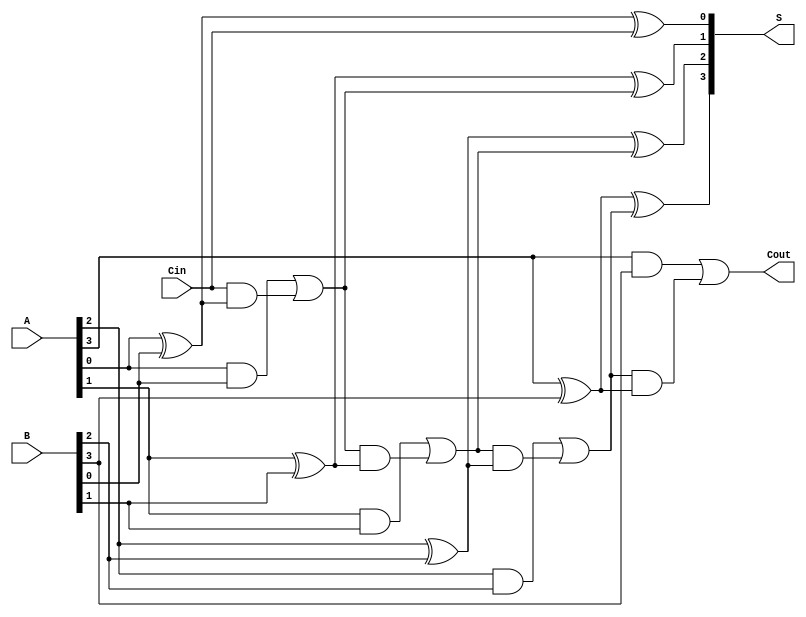
module han_carlson_adder #(parameter N = 4) (
    input  [N-1:0] A,      // First n-bit input
    input  [N-1:0] B,      // Second n-bit input
    input         Cin,      // Carry input
    output [N-1:0] S,      // n-bit sum output
    output        Cout      // Carry output
);

    wire [N:0] C;          // Carry signals (C[0] = Cin, C[N] = Cout)
    assign C[0] = Cin;     // Initial carry input

    genvar i;
    generate
        for (i = 0; i < N; i = i + 1) begin : adder
            // Sum calculation
            assign S[i] = A[i] ^ B[i] ^ C[i];

            // Carry calculation
            assign C[i + 1] = (A[i] & B[i]) | (C[i] & (A[i] ^ B[i]));
        end
    endgenerate

    assign Cout = C[N];    // Final carry output

endmodule